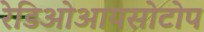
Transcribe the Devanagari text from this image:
रेडिओआयसोटोप